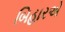
બિહારએ